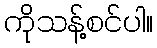
ကိုသန့်စင်ပါ။